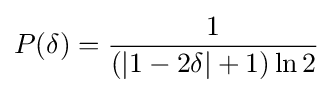
P(\delta )={\frac {1}{\left(|1-2\delta |+1\right)\ln 2}}